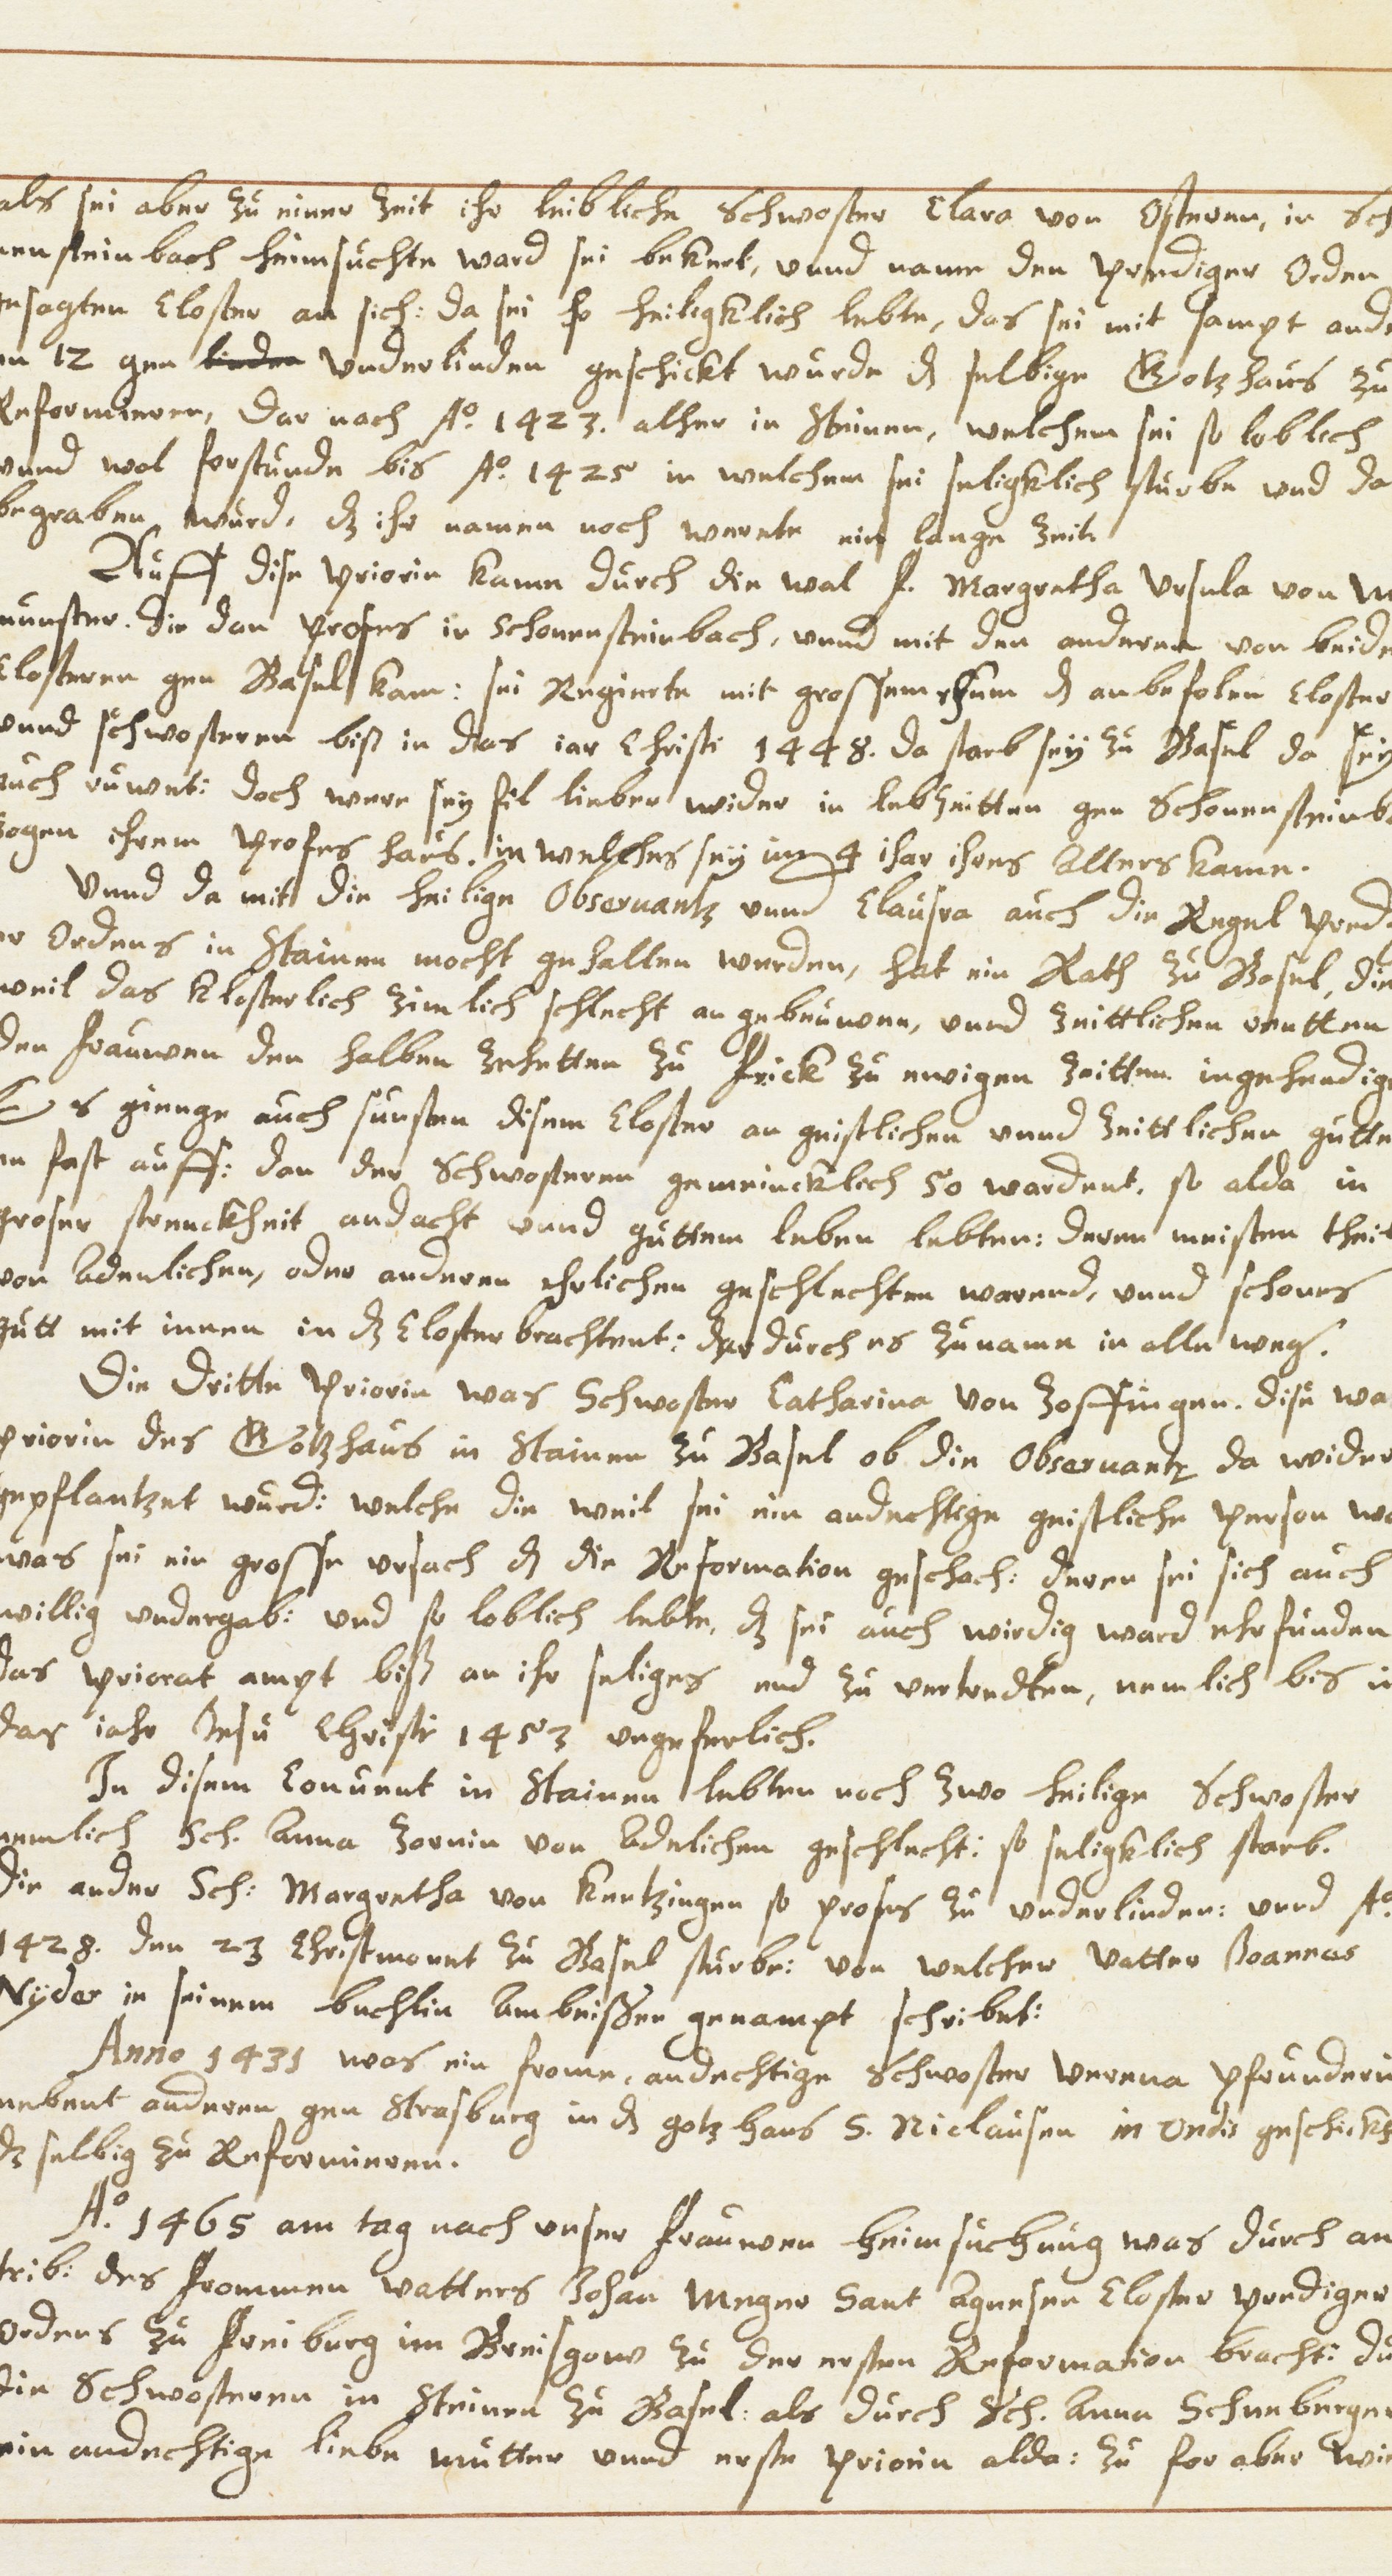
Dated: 1614–1638